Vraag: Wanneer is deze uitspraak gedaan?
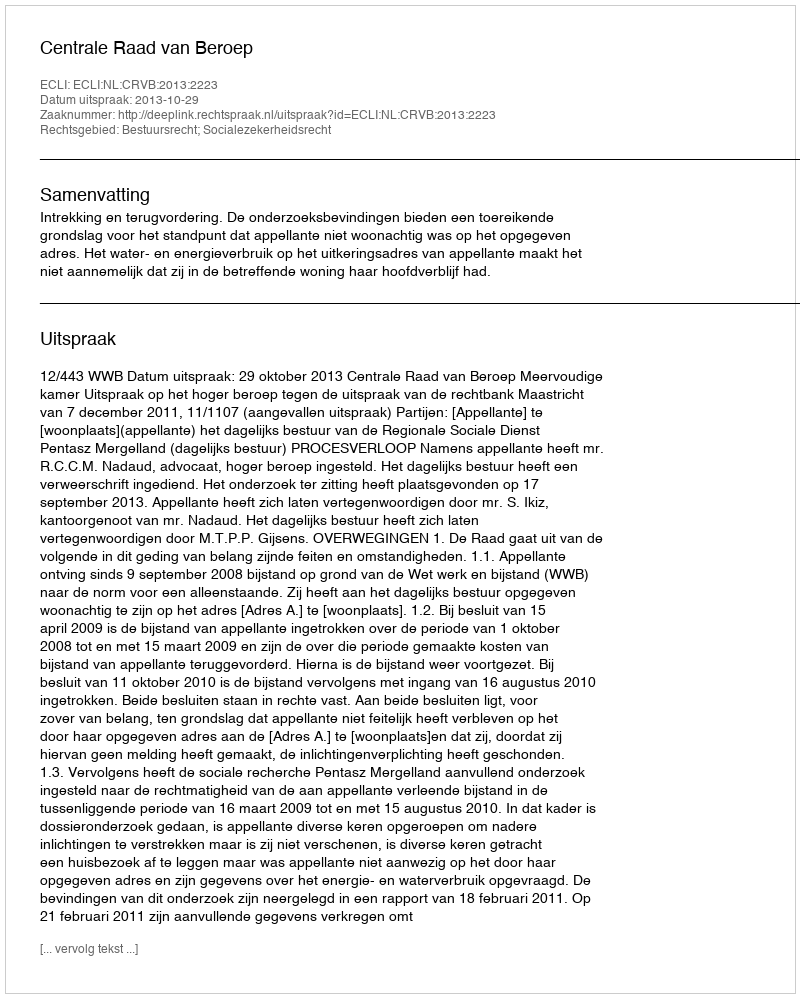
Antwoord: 2013-10-29